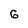
Character: 6